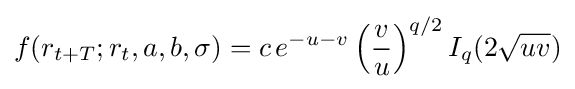
f(r_{t+T};r_{t},a,b,\sigma )=c\,e^{-u-v}\left({\frac {v}{u}}\right)^{q/2}I_{q}(2{\sqrt {uv}})